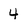
Character: 4